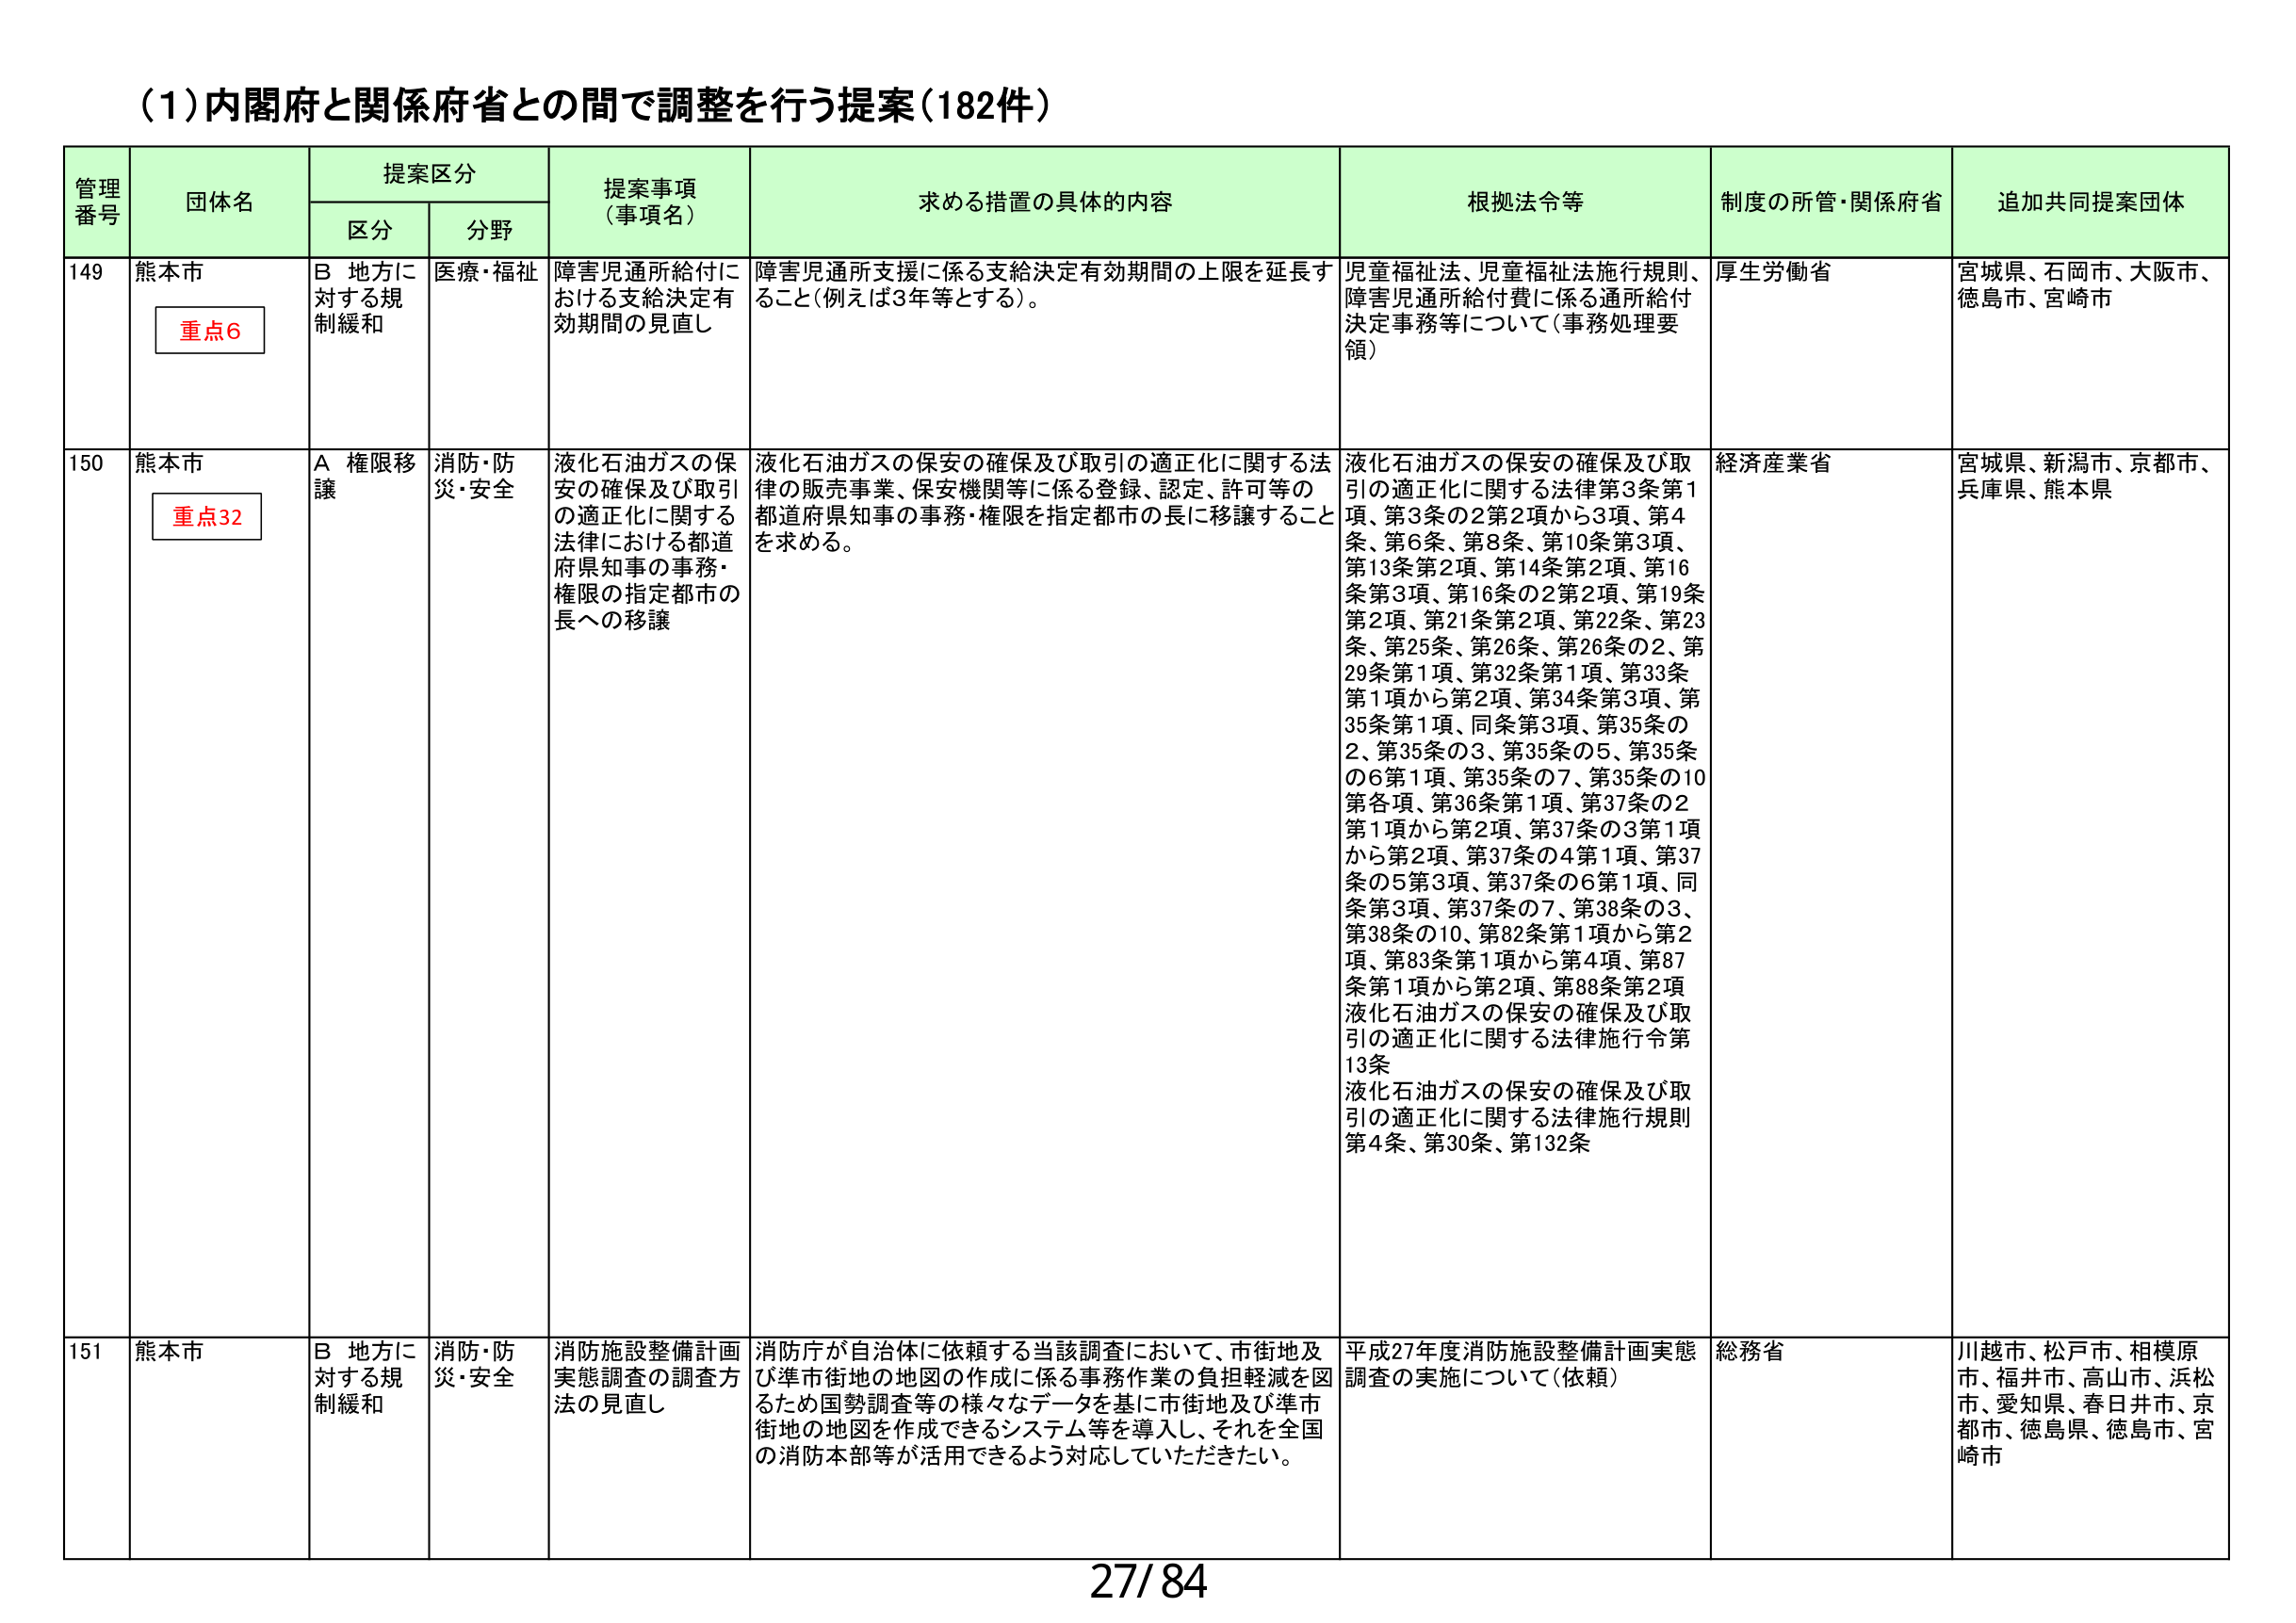
(1)内閣府と関係府省との間で調整を行う提案（182件）

管理番号	団体名	提案区分	提案事項（事項名）	求める措置の具体的内容	根拠法令等	制度の所管・関係府省	追加共同提案団体
		区分	分野
149	熊本市		B 地方に対する規制緩和	医療・福祉	障害児通所給付における支給決定有効期間の見直し	障害児通所支援に係る支給決定有効期間の上限を延長すること（例えば3年等とする）。	児童福祉法、児童福祉法施行規則、障害児通所給付費に係る通所給付決定事務等について（事務処理要領）	厚生労働省	宮城県、石岡市、大阪市、徳島市、宮崎市
		重点6
150	熊本市		A 権限移譲	消防・防災・安全	液化石油ガスの保安の確保及び取引の適正化に関する法律における都道府県知事の事務・権限の指定都市の長への移譲	液化石油ガスの保安の確保及び取引の適正化に関する法律の販売事業、保安機関等に係る登録、認定、許可等の都道府県知事の事務・権限を指定都市の長に移譲することを求める。	液化石油ガスの保安の確保及び取引の適正化に関する法律第3条第1項、第3条の2第2項から3項、第4条、第6条、第8条、第10条第3項、第13条第2項、第14条第2項、第16条第3項、第16条の2第2項、第19条第2項、第21条第2項、第22条、第23条、第25条、第26条、第26条の2、第29条第1項、第32条第1項、第33条第1項から第2項、第34条第3項、第35条第1項、同条第3項、第35条の2、第35条の3、第35条の5、第35条の6第1項、第35条の7、第35条の10第各項、第36条第1項、第37条の2第1項から第2項、第37条の3第1項から第2項、第37条の4第1項、第37条の5第3項、第37条の6第1項、同条第3項、第37条の7、第38条の3、第38条の10、第82条第1項から第2項、第83条第1項から第4項、第87条第1項から第2項、第88条第2項液化石油ガスの保安の確保及び取引の適正化に関する法律施行令第13条液化石油ガスの保安の確保及び取引の適正化に関する法律施行規則第4条、第30条、第132条	経済産業省	宮城県、新潟市、京都市、兵庫県、熊本県
		重点32
151	熊本市		B 地方に対する規制緩和	消防・防災・安全	消防施設整備計画実態調査の調査方法の見直し	消防庁が自治体に依頼する当該調査において、市街地及び準市街地の地図の作成に係る事務作業の負担軽減を図るため国勢調査等の様々なデータを基に市街地及び準市街地の地図を作成できるシステム等を導入し、それを全国の消防本部等が活用できるよう対応していただきたい。	平成27年度消防施設整備計画実態調査の実施について（依頼）	総務省	川越市、松戸市、相模原市、福井市、高山市、浜松市、愛知県、春日井市、京都市、徳島県、徳島市、宮崎市

27/84